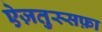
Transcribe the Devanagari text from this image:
ऐज़तुस्सफ़ा